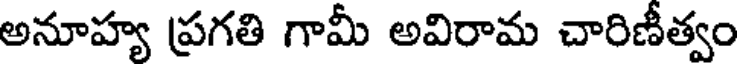
అనూహ్య ప్రగతి గామీ అవిరామ చారిణీత్వం